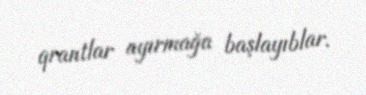
qrantlar ayırmağa başlayıblar.